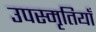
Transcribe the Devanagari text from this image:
उपस्मृतियाँ